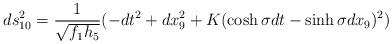
LaTeX: \begin{align*}ds_{10}^2 = \frac{1}{\sqrt{f_1 h_5}} ( -dt^2 + dx_9^2 + K (\cosh \sigma dt - \sinh \sigma dx_9) ^2 ) \end{align*}